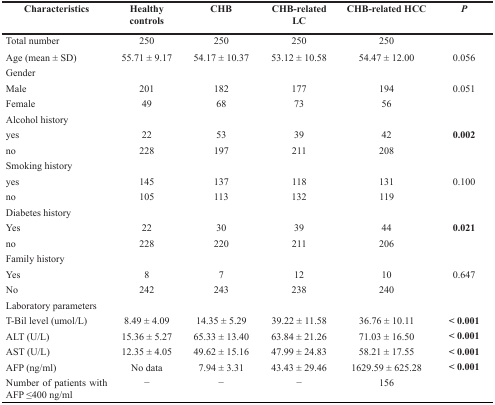
| Characteristics | Healthy controls | CHB | CHB-related LC | CHB-related HCC | P |
 | --- | --- | --- | --- | --- | --- |
 | Total number | 250 | 250 | 250 | 250 |  |
 | Age (mean ± SD) | 55.71 ± 9.17 | 54.17 ± 10.37 | 53.12 ± 10.58 | 54.47 ± 12.00 | 0.056 |
 | Gender |  |  |  |  |  |
 | Male | 201 | 182 | 177 | 194 | 0.051 |
 | Female | 49 | 68 | 73 | 56 |  |
 | Alcohol history |  |  |  |  |  |
 | yes | 22 | 53 | 39 | 42 | 0.002 |
 | no | 228 | 197 | 211 | 208 |  |
 | Smoking history |  |  |  |  |  |
 | yes | 145 | 137 | 118 | 131 | 0.100 |
 | no | 105 | 113 | 132 | 119 |  |
 | Diabetes history |  |  |  |  |  |
 | Yes | 22 | 30 | 39 | 44 | 0.021 |
 | no | 228 | 220 | 211 | 206 |  |
 | Family history |  |  |  |  |  |
 | Yes | 8 | 7 | 12 | 10 | 0.647 |
 | No | 242 | 243 | 238 | 240 |  |
 | Laboratory parameters |  |  |  |  |  |
 | T-Bil level (umol/L) | 8.49 ± 4.09 | 14.35 ± 5.29 | 39.22 ± 11.58 | 36.76 ± 10.11 | < 0.001 |
 | ALT (U/L) | 15.36 ± 5.27 | 65.33 ± 13.40 | 63.84 ± 21.26 | 71.03 ± 16.50 | < 0.001 |
 | AST (U/L) | 12.35 ± 4.05 | 49.62 ± 15.16 | 47.99 ± 24.83 | 58.21 ± 17.55 | < 0.001 |
 | AFP (ng/ml) | No data | 7.94 ± 3.31 | 43.43 ± 29.46 | 1629.59 ± 625.28 | < 0.001 |
 | Number of patients with AFP ≤400 ng/ml | − | − | − | 156 |  |